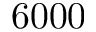
6 0 0 0